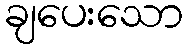
ချပေးသော